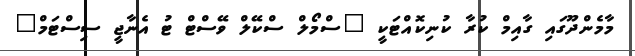
މާމެންދޫގައި ގާއިމް ކުރާ ކުނިކޮއްޓަކީ "ސްމޯލް ސްކޭލް ވޭސްޓް ޓު އެނާޖީ ސިސްޓަމް"